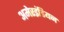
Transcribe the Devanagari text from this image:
अमेरइंडियन